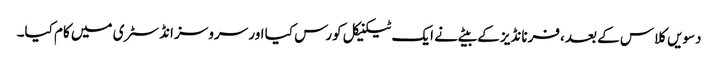
دسویں کلاس کے بعد، فرنانڈیز کے بیٹے نے ایک ٹیکنیکل کورس کیا اور سروسز انڈسٹری میں کام کیا۔